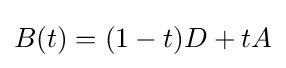
B(t)=(1-t)D+tA